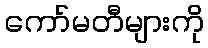
ကော်မတီများကို